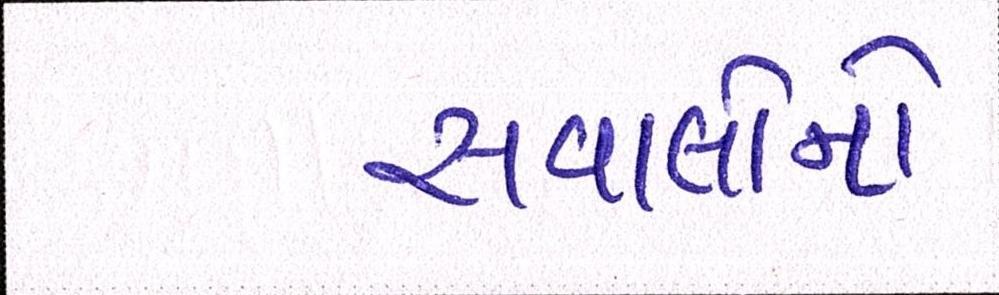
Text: સવાલોનો